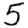
Digit: 5